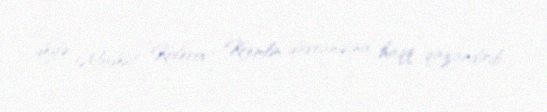
deyə Modest Kolerov Kremlin davranışına haqq qazandırıb.